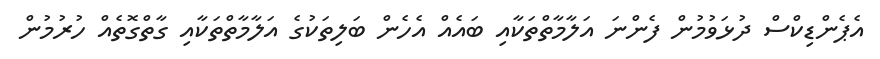
އެޕެންޑިކްސް ދުޅަވުމުން ފެންނަ އަލާމާތްތަކާއި ބައެއް އެހެން ބަލިތަކުގެ އަލާމާތްތަކާއި ގާތްގޮތެއް ހުރުމުން